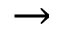
\rightarrow